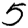
Digit: 5